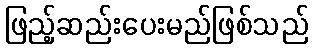
ဖြည့်ဆည်းပေးမည်ဖြစ်သည်